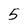
Character: 5